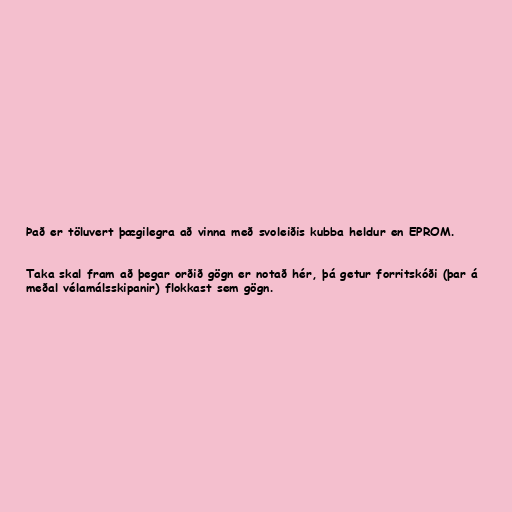
Það er töluvert þægilegra að vinna með svoleiðis kubba heldur en EPROM.

Taka skal fram að þegar orðið gögn er notað hér, þá getur forritskóði (þar á
meðal vélamálsskipanir) flokkast sem gögn.